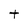
Character: t